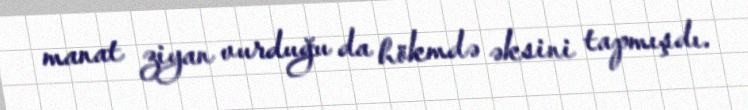
manat ziyan vurduğu da hökmdə əksini tapmışdı.